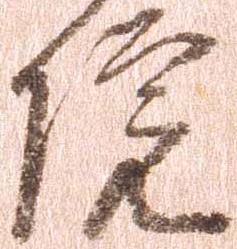
院